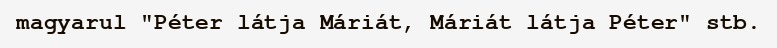
magyarul "Péter látja Máriát, Máriát látja Péter" stb.